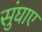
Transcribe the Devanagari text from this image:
सुंघाए